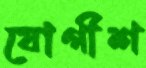
যোগীশ